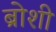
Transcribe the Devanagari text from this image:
ब्रोशी